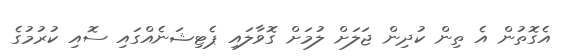
އެގޮތުން އެ ތިން ކުދިން ޖަލަށް ލުމަށް ގޮވާލައި ޕެޓިޝަނެއްގައި ސޮއި ކުރުމުގެ